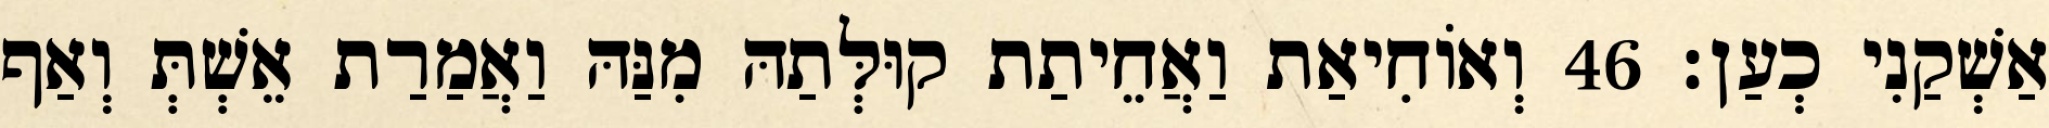
אַשְׁקַנִי כְעַן׃ 46 וְאוֹחִיאַת וַאֲחֵיתַת קוּלְּתַהּ מִנַּהּ וַאֲמַרַת אֵשְׁתְּ וְאַף